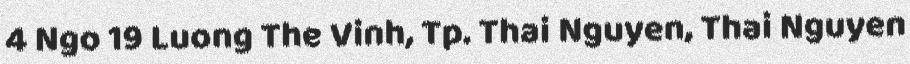
4 Ngo 19 Luong The Vinh, Tp. Thai Nguyen, Thai Nguyen